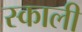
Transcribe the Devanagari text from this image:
स्काली